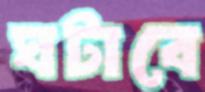
ঘটাবে